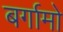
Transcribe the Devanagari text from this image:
बर्गामो